NAE_ERA_R-1765_ENSV_Kirjanike_Liit_1945-1955, lk 97
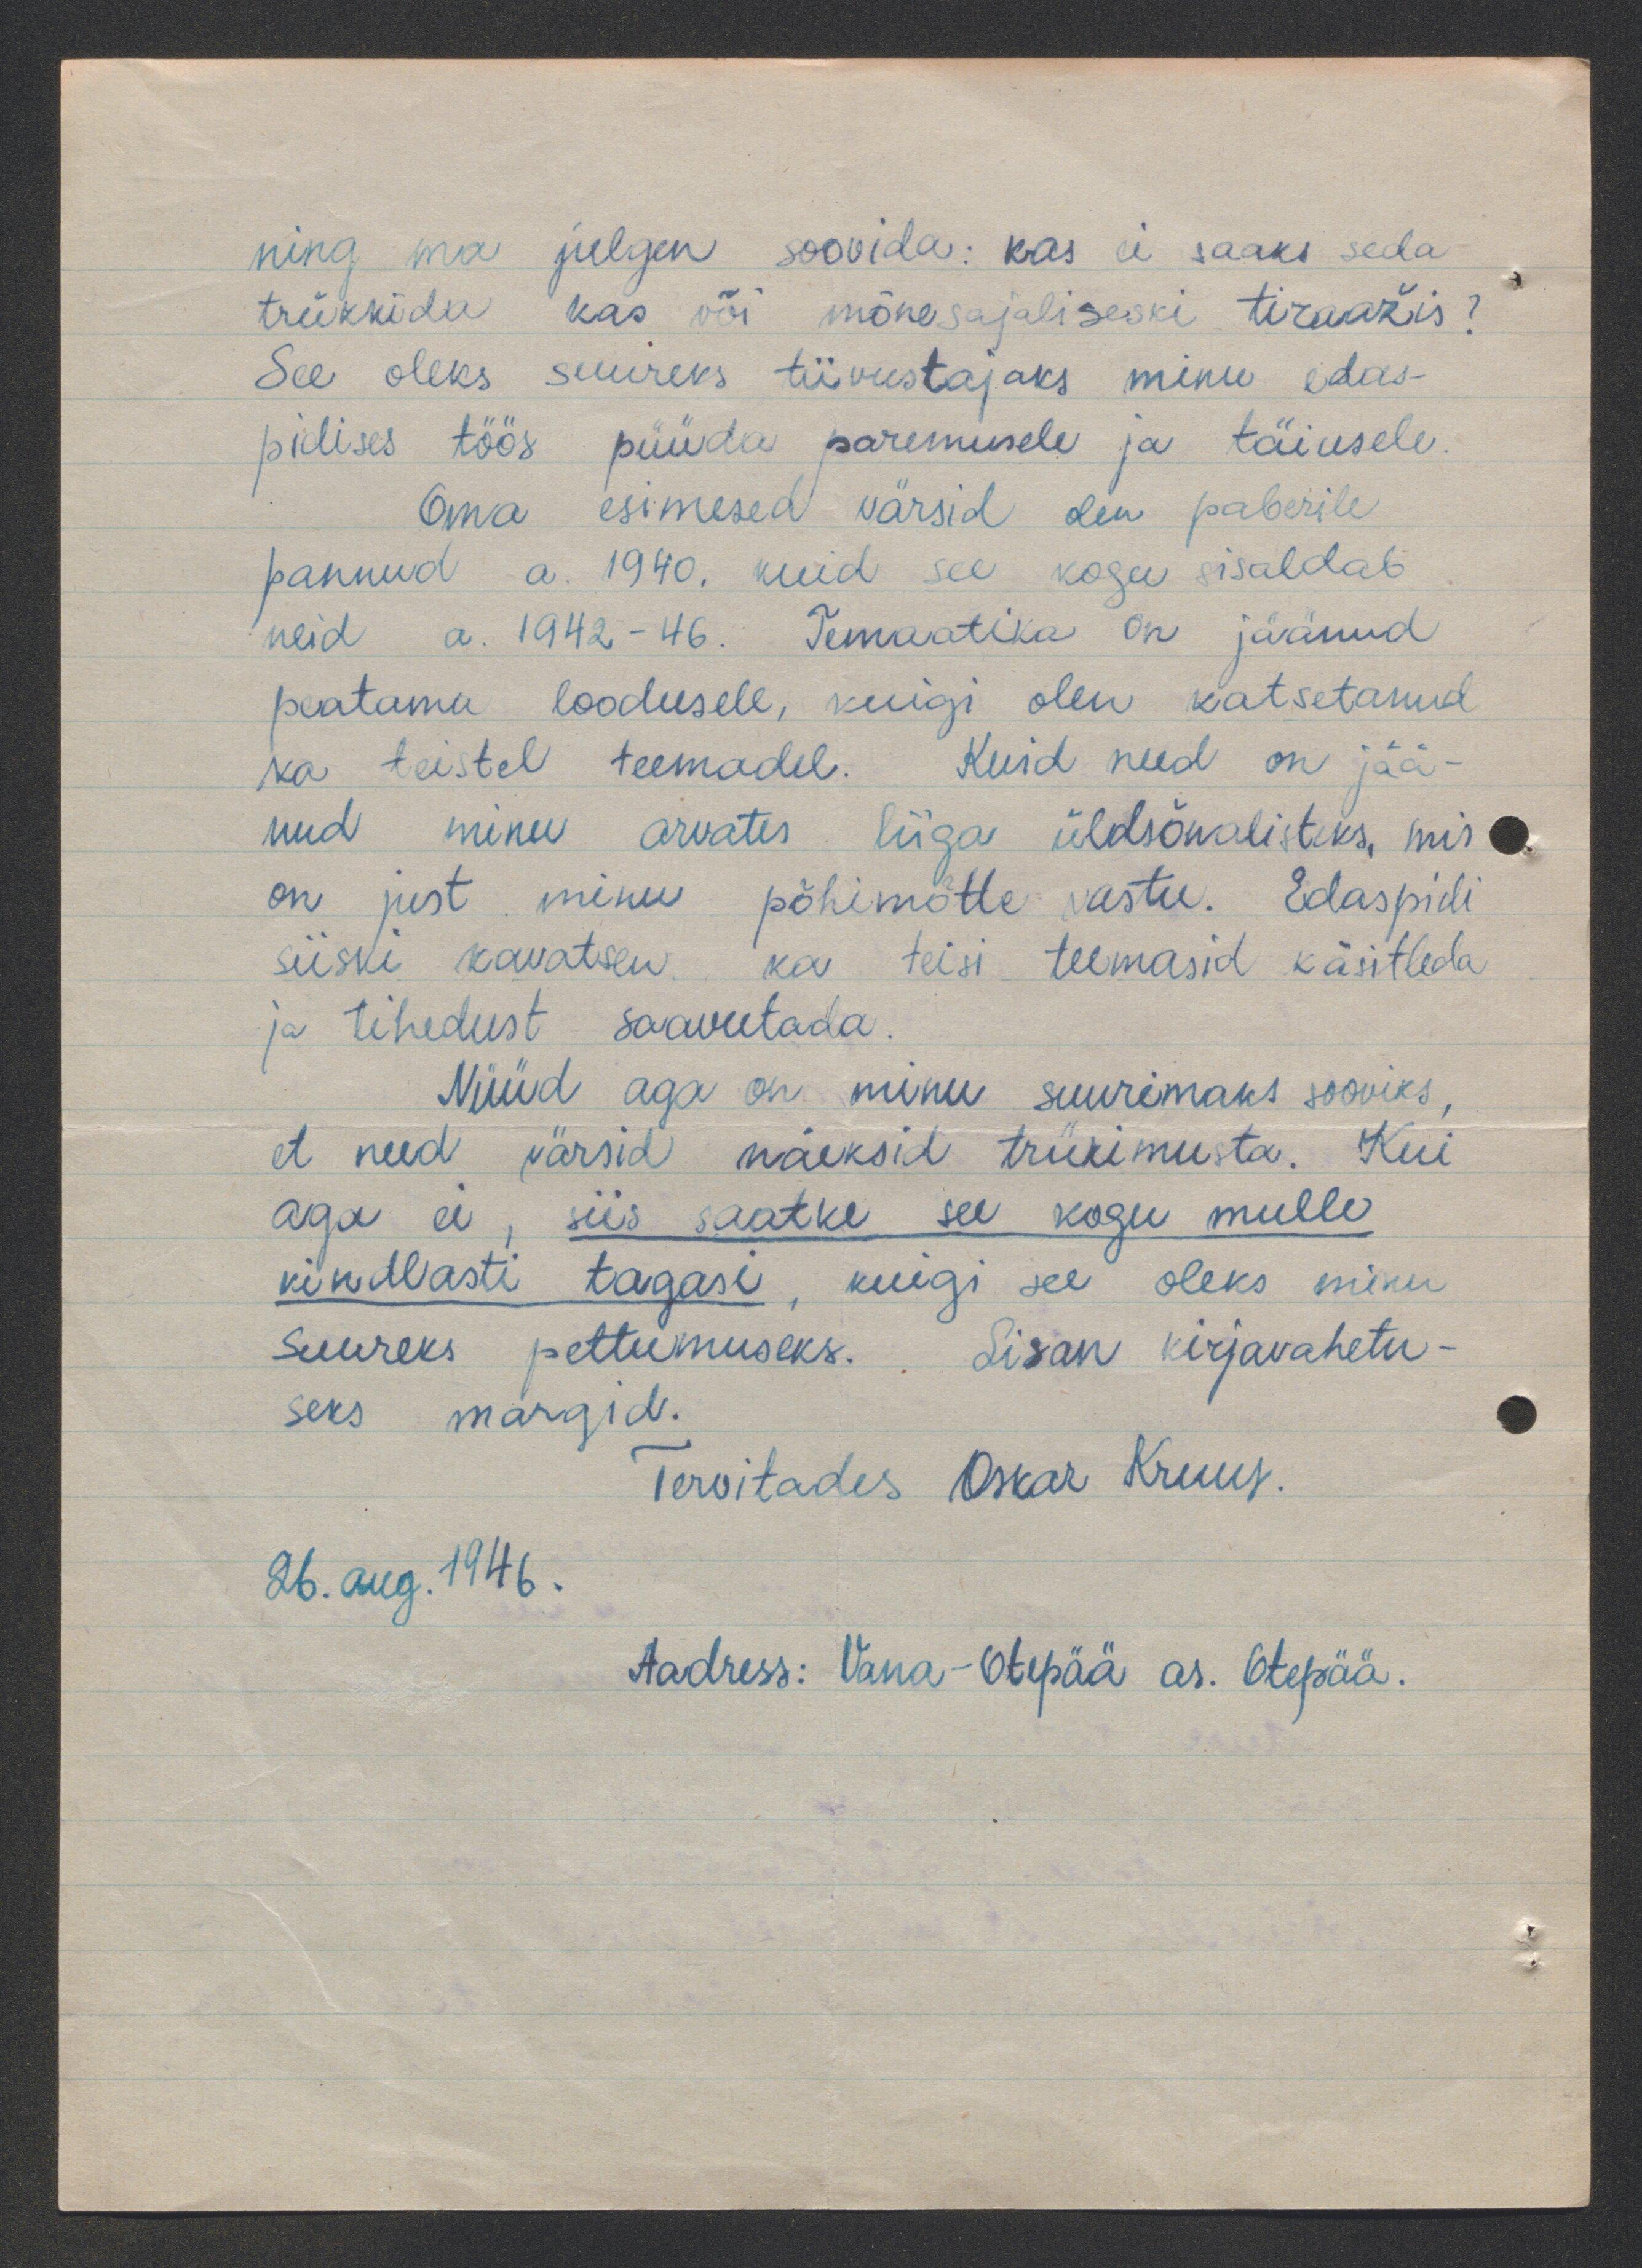
ning ma julgen soovida: kas ei saaks seda
trükkida kas või mõnesajaliseski tiraažis?
See oleks suureks tiivustajaks minu edas-
pidises töös püüda paremusele ja täiusele
oma esimesed värsid olen paberile
pannud a. 1940. kuid see kogu sisaldab
neid a. 1942-46. Temaatika on jäänud
peatama loodusele, kuigi olen katsetanud
ka teistel teemadel. Kuid need on jää-
nud minu arvates liiga üldsõnalisteks, mis
on just minu põhimõtte vastu. Edaspidi
siiski kavatsen ka teisi teemasid käsitleda
ja tihedust saavutada
Nüüd aga on minu suurimaks sooviks
et need värsid näeksid trükimusta. Kui
aga ei, siis saatke see kogu mulle
kindlasti tagasi, kuigi see oleks minu
suureks pettumuseks. Lisan kirjavahetu-
seks märgid.
Tervitades Oskar Kruus.
26. aug. 1946.
Aadress: Vana-Otepää as. Otepää.